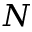
N